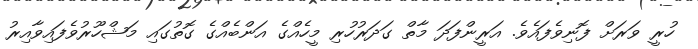
ހުރީ ވަރަށް ފޮނިވެފައެވެ. އަރީންފަދަ މާތް ގަދަރުހުރި މީހެއްގެ އަންބެއްގެ ގޮތުގައި މަޝްހޫރުވެފައިވާއިރު